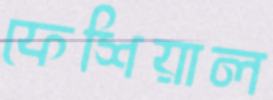
ফেশিয়াল